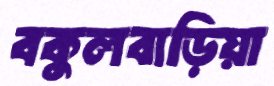
বকুলবাড়িয়া